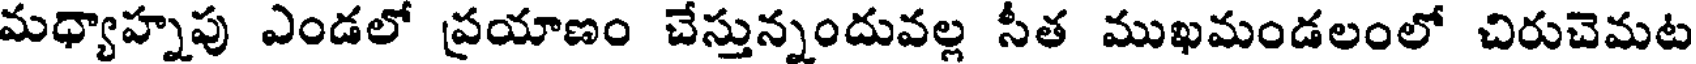
మధ్యాహ్నపు ఎండలో ప్రయాణం చేస్తున్నందువల్ల సీత ముఖమండలంలో చిరుచెమట